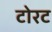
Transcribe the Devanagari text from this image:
टोरट